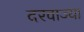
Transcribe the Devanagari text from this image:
दरवाज्या